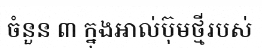
ចំនួន ៣ ក្នុងអាល់ប៊ុមថ្មីរបស់